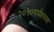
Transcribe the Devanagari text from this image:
२०१०पर्यंतच्या